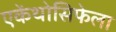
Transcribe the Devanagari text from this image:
एकेंथोसिफेला